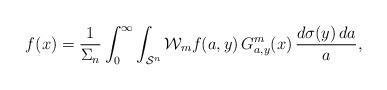
LaTeX: \begin{align*}f(x)=\frac{1}{\Sigma_n}\int_0^\infty\int_{\mathcal S^n}\mathcal W_mf(a,y)\,G_{a,y}^m(x)\,\frac{d\sigma(y)\,da}{a},\end{align*}